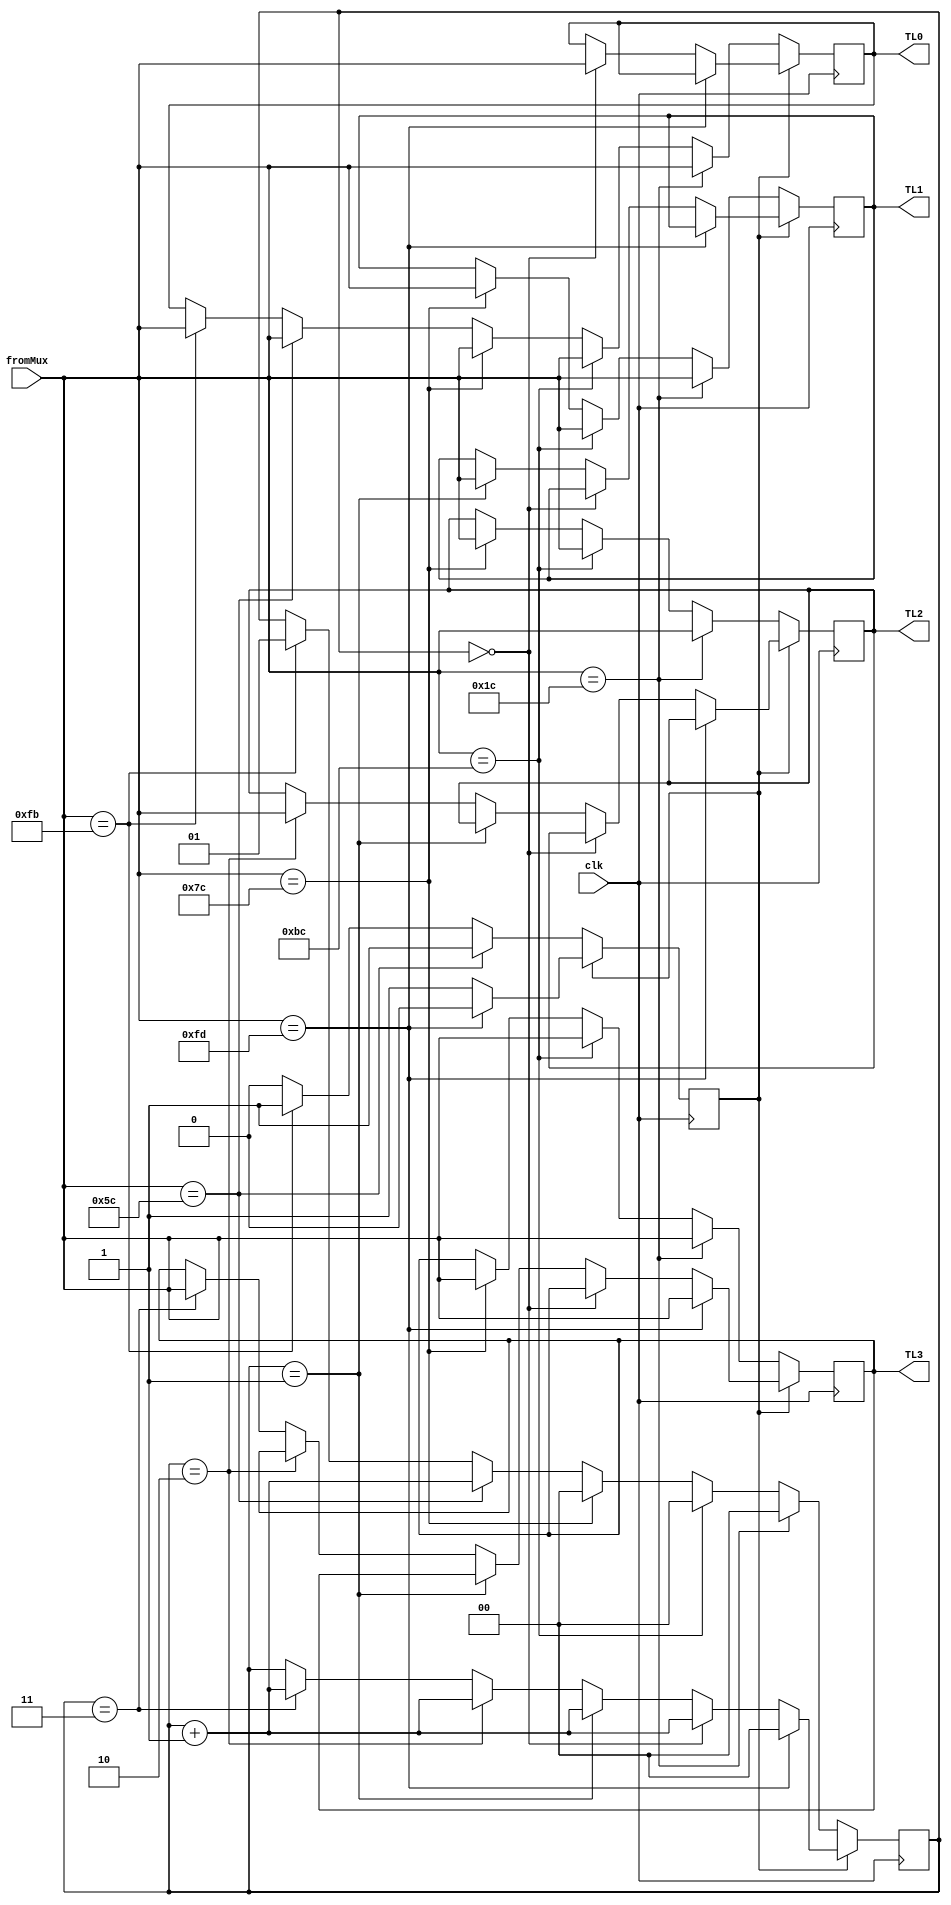
`timescale 1ns/1ps

module striping (clk, fromMux, TL0, TL1, TL2,TL3);
input clk;
input [7:0] fromMux;

output [7:0] TL0;
output [7:0] TL1;
output [7:0] TL2;
output [7:0] TL3;

reg [7:0] TL0;
reg [7:0] TL1;
reg [7:0] TL2;
reg [7:0] TL3;

reg [1:0] c; //Contador para ver que lane se debe usar

reg D; // D=0 => no estamos transmitiendo datos || D=1 => estamos transmitiendo datos


parameter COM = 8'hBC,PAD = 8'hF7,SKP = 8'h1C,STP = 8'hFB, SDP = 8'h5C ;
parameter END = 8'hFD,EDB = 8'hFE,FTS = 8'h3C,IDL = 8'h7C;

//D <= 1'b0; 

always @ (posedge clk) begin
      if (D) begin
            if (fromMux == END) begin
            TL3<= fromMux;
            D<=0;
            c <= 2'b00;
            end else begin
                  if (c==2'b00) begin
                        TL0 <= fromMux;
                        c <= c+1;
                  end else if (c==2'b01) begin
                        TL1 <= fromMux;
                        c <= c+1;
                        
                  end else if (c==2'b10) begin
                        TL2 <= fromMux;
                        c <= c+1;
                        
                  end else if (c==2'b11) begin
                        TL3 <= fromMux;
                        c <= c+1;
                        end  
            end //end else de            
      end else begin
      
            if (fromMux == STP) begin
            D<=1;
            TL0 <= fromMux;
            c <= 2'b01;
            end  
            if (fromMux == SDP) begin
            D<=1;
            TL0 <= fromMux;
            c <= c+1;
            end

            if (fromMux == IDL) begin
            c <= 2'b00;
            TL0 <= fromMux;
            TL1 <= fromMux;
            TL2 <= fromMux;
            TL3 <= fromMux;
            end

            if (fromMux == COM) begin
            c <= 2'b00;
            TL0 <= fromMux;
            TL1 <= fromMux;
            TL2 <= fromMux;
            TL3 <= fromMux;
            end


            if (fromMux == SKP) begin
            c <= 2'b00;
            TL0 <= fromMux;
            TL1 <= fromMux;
            TL2 <= fromMux;
            TL3 <= fromMux;
            end
      end  //else de if (D)



end //always




      





      /*
      always @ ( * ) begin
      case(fromMux)
      STP : begin
            c = 1'b00; // contador == 00
            if(fromMux=END) begin
                  TL3 = fromMux;
                  end else begin
                  //ACOMODAR LOS BICHOS EN EL LANE CORRESPONDIENTE E INCREMENTAR EL CONTADOR
                  end
                  
            end

      SDP : TL0 = fromMux; //Start

      END : TL3 = fromMux;

      //EDB : TL3 = fromMux;

      SKP : begin
            TL0 = fromMux;
            TL1 = fromMux;
            TL2 = fromMux;
            TL3 = fromMux;
            end
      
      IDL : begin
            c = 1'b00;
            TL0 = fromMux;
            TL1 = fromMux;
            TL2 = fromMux;
            TL3 = fromMux;
            end
      


      end

      */

endmodule


      /*
      -value en 1, y selec de mux para que mande IDLE

      -Start-Datoooooos-End, Verificar multiplos de 4 bytes para que el END quede en el ultimo
      Mandar datos por multiplos de 4 bytes, contando Start y END



      */